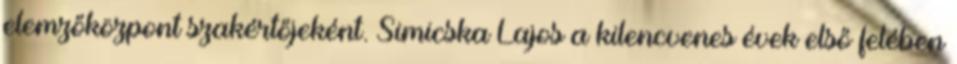
elemzőközpont szakértőjeként. Simicska Lajos a kilencvenes évek első felében